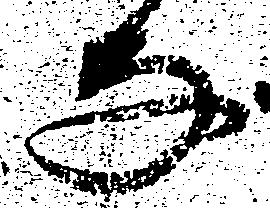
な